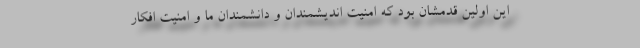
این اولین قدمشان بود که امنیت اندیشمندان و دانشمندان ما و امنیت افکار